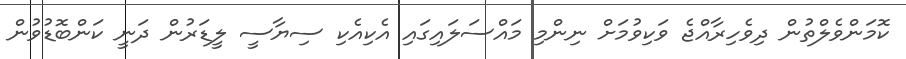
ކޮމަންވެލްތުން ދިވެހިރާއްޖެ ވަކިވުމަށް ނިންމި މައްސަލައިގައި އެކިއެކި ސިޔާސީ ލީޑަރުން ދަނީ ކަންބޮޑުވުން